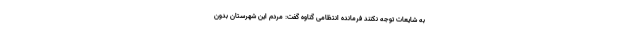
به شایعات توجه نکنند فرمانده انتظامی گناوه گفت: مردم این شهرستان بدون